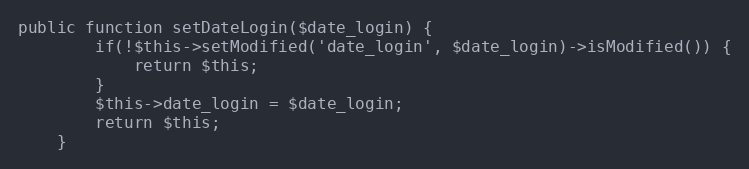
Language: PHP
public function setDateLogin($date_login) {
        if(!$this->setModified('date_login', $date_login)->isModified()) {
            return $this;
        }
		$this->date_login = $date_login;
		return $this;
    }